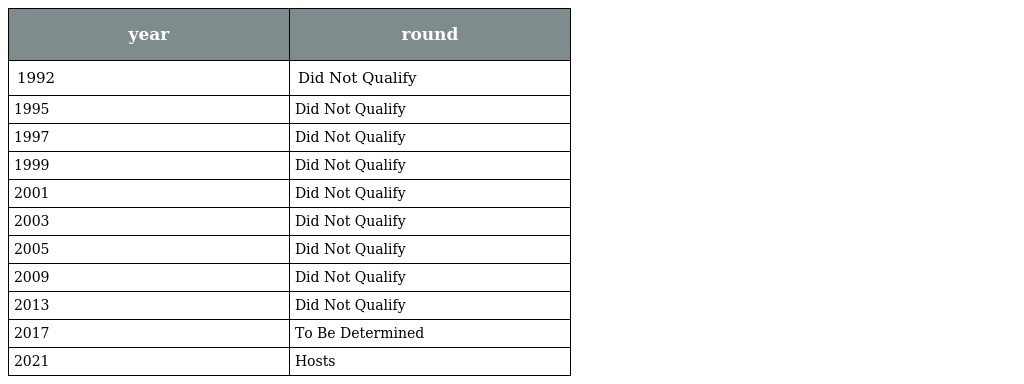
| year | round |
 | --- | --- |
 | 1992 | Did Not Qualify |
 | 1995 | Did Not Qualify |
 | 1997 | Did Not Qualify |
 | 1999 | Did Not Qualify |
 | 2001 | Did Not Qualify |
 | 2003 | Did Not Qualify |
 | 2005 | Did Not Qualify |
 | 2009 | Did Not Qualify |
 | 2013 | Did Not Qualify |
 | 2017 | To Be Determined |
 | 2021 | Hosts |